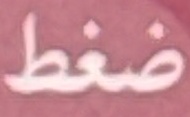
ضغط